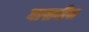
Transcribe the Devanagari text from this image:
घासघीस